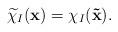
LaTeX: \begin{align*} \widetilde\chi_I({\bf x})=\chi_I({\bf \tilde{x}}).\end{align*}